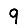
Digit: 9